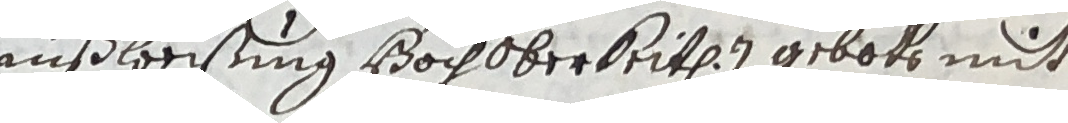
außweisung hochoberkeiten) gebotte mit